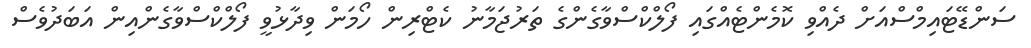
ސަންޑޭޓައިމްސްއަށް ދެއްވި ކޮމެންޓެއްގައި ފޯލްކްސްވާގެންގެ ތަރުޖަމާނު ކެޓްރިން ހޯމަން ވިދާޅުވީ ފޯލްކްސްވާގެންއިން އަބަދުވެސް